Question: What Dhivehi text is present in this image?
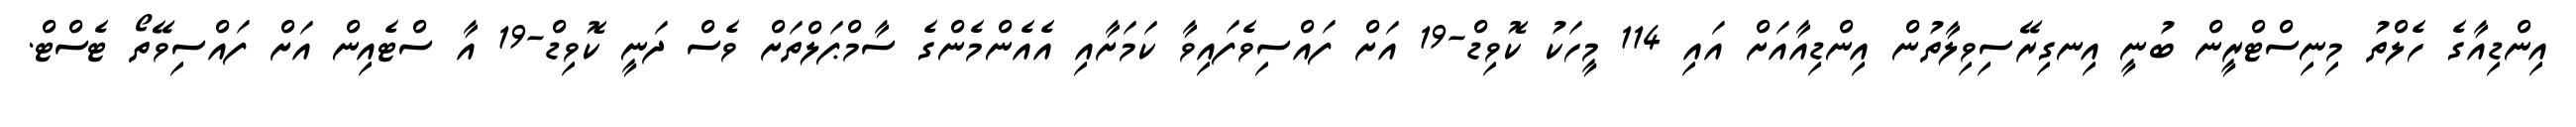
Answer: އިންޑިއާގެ ހެލްތު މިނިސްޓްރީން ބުނީ އިނގިރޭސިވިލާތުން އިންޑިއާއަށް އައި 114 މީހަކު ކޮވިޑް-19 އަށް ފައްސިވެފައިވާ ކަމަށާއި އެއެންމެންގެ ސާމްޕަލްތަށް ވެސް ދަނީ ކޮވިޑް-19 އާ ސްޓެއިން އަށް ފައްސިވޭތޯ ޓެސްޓް.